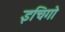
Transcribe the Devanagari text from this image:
इचिगो